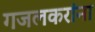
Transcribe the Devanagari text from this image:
गजलकरांना